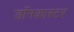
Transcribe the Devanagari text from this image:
डॉनकास्टर